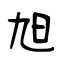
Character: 旭